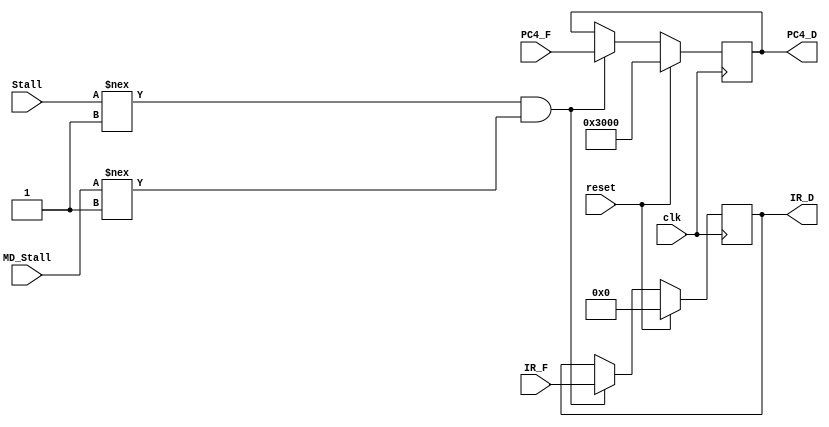
`timescale 1ns / 1ps
//////////////////////////////////////////////////////////////////////////////////
module D_pipe_reg(
    input clk,
    input reset,
	 input Stall,
	 input MD_Stall,
    input [31:0] IR_F,
    input [31:0] PC4_F, 
    output reg [31:0] IR_D,
    output reg [31:0] PC4_D
    );
	 
	 initial
	 begin
	    IR_D=0;
		 PC4_D=0;
	 end
	 
	 always @(posedge clk)
	 begin
	    if(reset==1)
       begin
		    IR_D=0;
		    PC4_D=32'h00003000;
		 end
		 
		 else if(Stall!==1&&MD_Stall!==1)
		 begin
		    IR_D=IR_F;
		    PC4_D=PC4_F;
		 end
	 end

endmodule